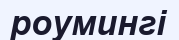
роумингі